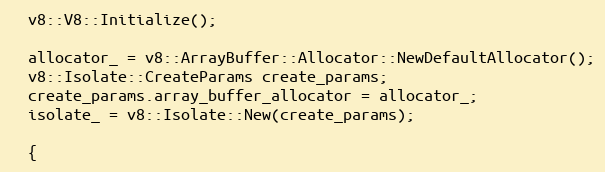
Language: C++
  v8::V8::Initialize();

  allocator_ = v8::ArrayBuffer::Allocator::NewDefaultAllocator();
  v8::Isolate::CreateParams create_params;
  create_params.array_buffer_allocator = allocator_;
  isolate_ = v8::Isolate::New(create_params);

  {